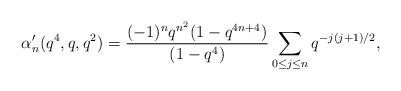
LaTeX: \begin{align*}\alpha_n'(q^4,q,q^2)=\frac{(-1)^nq^{n^2}(1-q^{4n+4})}{(1-q^4)}\sum_{0\le j\le n}q^{-j(j+1)/2},\end{align*}